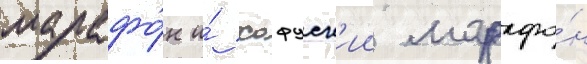
марафо́н и́ хофуск'ии марафо́н